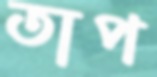
তাপ